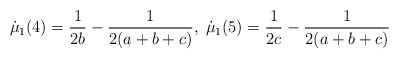
\begin{align*}\dot{\mu}_1 ( 4) = \frac{1}{2 b} - \frac{1}{2( a + b + c)}, \; \dot{\mu}_1 ( 5) = \frac{1}{2 c} - \frac{1}{2 ( a + b + c)} \end{align*}